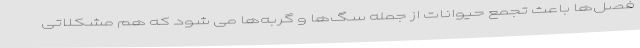
فصل‌ها باعث تجمع حیوانات از جمله سگ‌ها و گربه‌ها می شود که هم مشکلاتی